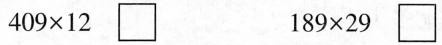
$$4 0 9 \times 1 2$$ $$1 8 9 \times 2 9$$